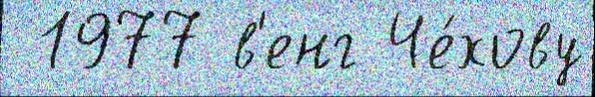
 1977 в'енг Че́хову